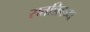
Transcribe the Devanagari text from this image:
सतन्निबन्ध